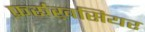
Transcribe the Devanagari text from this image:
फ़र्रूख़सियर